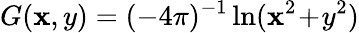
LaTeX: G(\mathbf{x},y)=(-4\pi)^{-1}\ln(\mathbf{x}^{2}\! +\! y^{2})